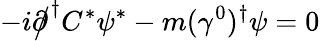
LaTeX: -i{\partial\! \! \! {\big/}}^{\dagger}C^{*}\psi^{*}-m(\gamma^{0})^{\dagger}\psi=0